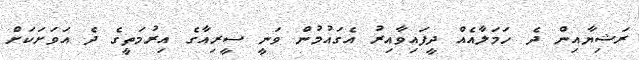
ރަޝިޔާއިން ދެ ހަމަލާއެއް ދީފައިވާއިރު އެގައުމުން ވަނީ ސީރިއާގެ އިރުމަތީގެ ދެ އަވަށަކަށް